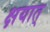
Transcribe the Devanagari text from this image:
क्षयात्